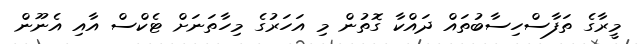
މީރާގެ ތަފާސްހިސާބުތައް ދައްކާ ގޮތުން މި އަހަރުގެ މިހާތަނަށް ޓެކްސް އާއި އެނޫން